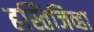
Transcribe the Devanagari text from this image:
हस्तिजिव्हा